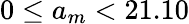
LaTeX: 0\le a_{m}<21.10